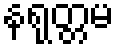
နရုတ္တမ